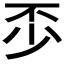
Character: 𠀰